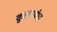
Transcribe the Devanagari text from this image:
कुलप्रबंध